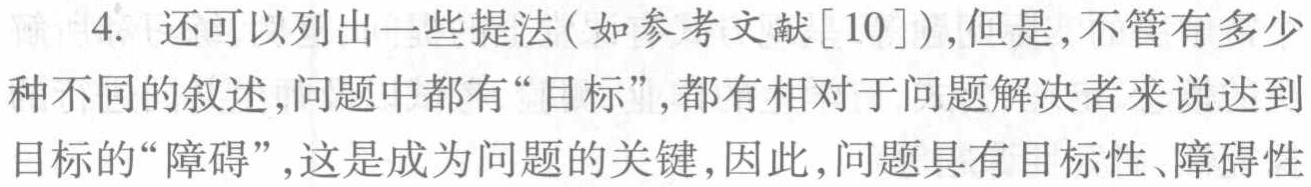
4. 还可以列出一些提法(如参考文献[10]),但是,不管有多少种不同的叙述,问题中都有“目标”,都有相对于问题解决者来说达到目标的“障碍”,这是成为问题的关键,因此,问题具有目标性、障碍性